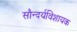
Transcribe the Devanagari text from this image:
सौन्दर्यविशायक